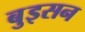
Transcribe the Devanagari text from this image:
बुइसन